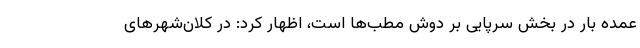
عمده بار در بخش سرپایی بر دوش مطب‌ها است، اظهار کرد: در کلان‌شهرهای